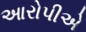
આરોપીએ